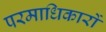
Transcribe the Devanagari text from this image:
परमाधिकारों